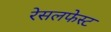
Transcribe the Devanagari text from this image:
रेसलफेस्ट